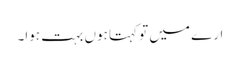
ارے میں تو کہتا ہوں بہت ہوا۔